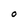
Character: O